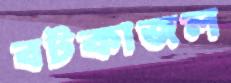
বটকাজল